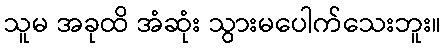
သူမ အခုထိ အံဆုံး သွားမပေါက်သေးဘူး။